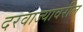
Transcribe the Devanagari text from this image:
दरवाज्यावरील